Senior Leaving Certificate Examination (including Day School Certificate (Higher) General paper), 1948
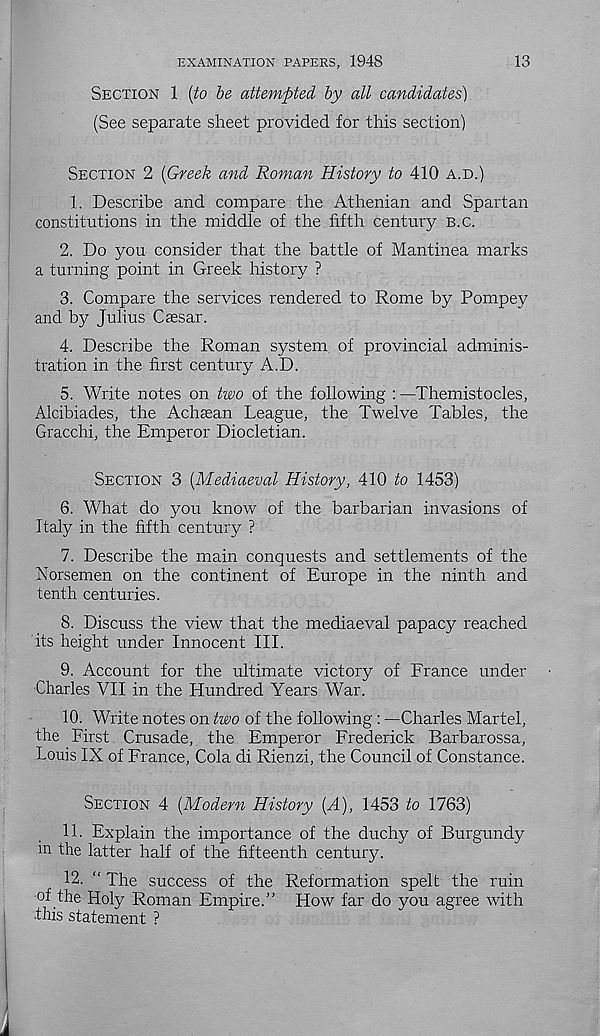
EXAMINATION PAPERS, 1948
13
SECTION 1 [to be attempted by all candidates)
(See separate sheet provided for this section)
SECTION 2 [Greek and Roman History to 410 A.D.)
1.
Describe and compare the Athenian an
constitutions in the middle of the fifth century B.C.
2. Do you consider that the battle of Mantinea marks
a turning point in Greek history ?
3. Compare the services rendered to Rome by Pompey
and by Julius Caesar.
4. Describe the Roman system of provincial adminis-
tration in the first century A.D.
5. Write notes on two of the following : —Themistocles,
Alcibiades, the Achaean League, the Twelve Tables, the
Gracchi, the Emperor Diocletian.
SECTION 3 [Mediaeval History, 410 to 1453)
6. What do you know of the barbarian invasions of
Italy in the fifth century ?
7. Describe the main conquests and settlements of the
Norsemen on the continent of Europe in the ninth and
tenth centuries.
8. Discuss the view that the mediaeval papacy reached
its height under Innocent III.
9. Account for the ultimate victory of France under
Charles VII in the Hundred Years War.
10. Write notes on two of the following : —Charles Martel,
the First Crusade, the Emperor Frederick Barbarossa,
Louis IX of France, Cola di Rienzi, the Council of Constance.
SECTION 4 [Modern History [A), 1453 to 1763)
11. Explain the importance of the duchy of Burgundy
in the latter half of the fifteenth century.
12. “ The success of the Reformation spelt the ruin
of the Holy Roman Empire.” How far do you agree with
this statement ?